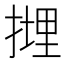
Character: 𢲪